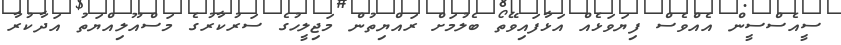
ސީއެސްސީން އެއްވެސް ފިޔަވަޅެއް އަޅާފައިވޭތޯ ބެލުމަށް ރައްޔިތުން މަޖިލީހުގެ ސަރުކާރުގެ މަސްއޫލިއްޔަތު އަދާކުރާ